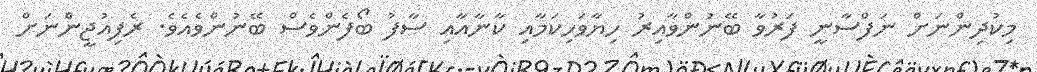
މިކުދިންނަށް ނަފްސާނީ ފަރުވާ ބޭނުންވާއިރު ހިޔާވަހިކަމާއި ކާނާއާއި ސާފު ބޯފެންވެސް ބޭނުންވެއެވެ. ރެފިއުޖީންނަށް